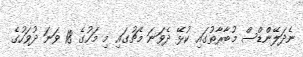
ނެދަލޭންޑްސް މުބާރާތުގައި ކުޅޭ ދެވަނަ މެޗުގައި މި މަހުގެ 18 ވަނަ ދުވަހުގެ